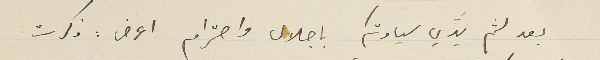
بعد لثم يَديّ سيادتكم باجلال واحترام اعرض : ذكرت